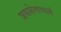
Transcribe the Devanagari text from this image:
जयसेनाचार्य